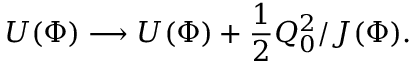
{ \cal U } ( \Phi ) \longrightarrow { \cal U } ( \Phi ) + { \frac { 1 } { 2 } } Q _ { 0 } ^ { 2 } / { \cal J } ( \Phi ) .